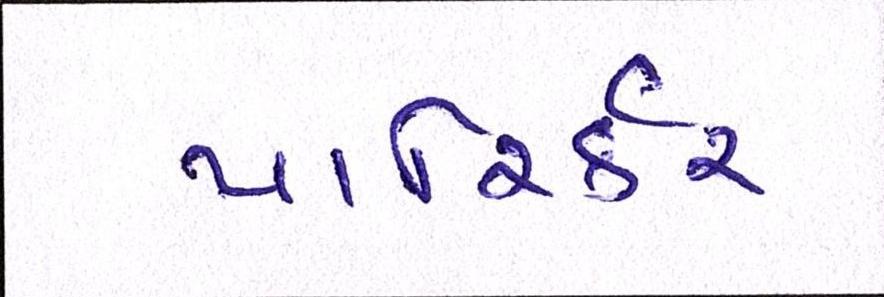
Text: પારિર્કર